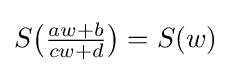
S{\bigl (}{\tfrac {aw+b}{cw+d}}{\bigr )}=S(w)